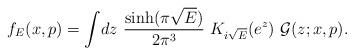
LaTeX: \begin{align*}f_{E}(x,p)=\int \!dz~\frac{\sinh (\pi \sqrt{E})}{2\pi ^{3}}~K_{i\sqrt{E} }(e^{z})~\mathcal{G}(z;x,p).\end{align*}